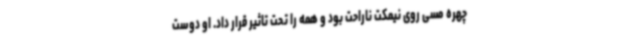
چهره مسی روی نیمکت ناراحت بود و همه را تحت تاثیر قرار داد. او دوست